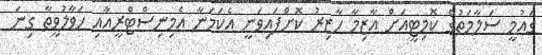
ގައުމީ ސަލާމަތުގެ ކޮމިޓީއަށް އާޒިމާ ހާޒިރު ކޮށްފައިވަނީ އެކަމަނާ އެމިނިސްޓްރީއާއި ހަވާލުވީތާ ގިނަ